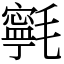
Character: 㲰